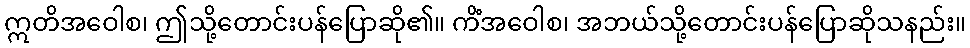
ဣတိအဝေါစ၊ ဤသို့တောင်းပန်ပြောဆို၏။ ကိံအဝေါစ၊ အဘယ်သို့တောင်းပန်ပြောဆိုသနည်း။